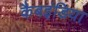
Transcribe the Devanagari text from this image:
कैबइंडिया